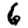
Digit: 6